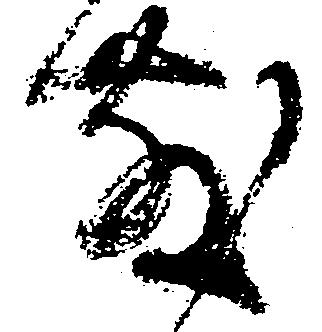
散